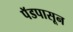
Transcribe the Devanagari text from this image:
पॅडपासून